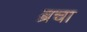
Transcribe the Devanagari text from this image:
ब्रचा